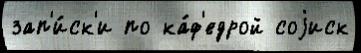
зап'и́ск'и по ка́ф'едрой соjиск